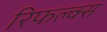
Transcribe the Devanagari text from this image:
रिफल्क्स